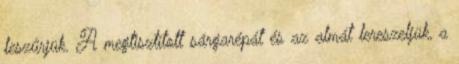
leszűrjük. A megtisztított sárgarépát és az almát lereszeljük, a